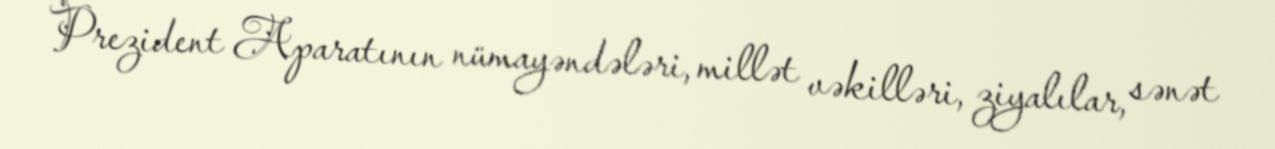
Prezident Aparatının nümayəndələri, millət vəkilləri, ziyalılar, sənət